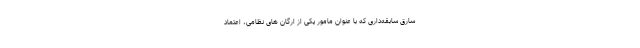
سارق سابقه‌داری که با عنوان مامور یکی از ارگان های نظامی، اعتماد